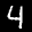
Label: 4